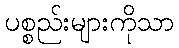
ပစ္စည်းများကိုသာ